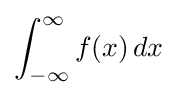
\int _{-\infty }^{\infty }f(x)\,dx